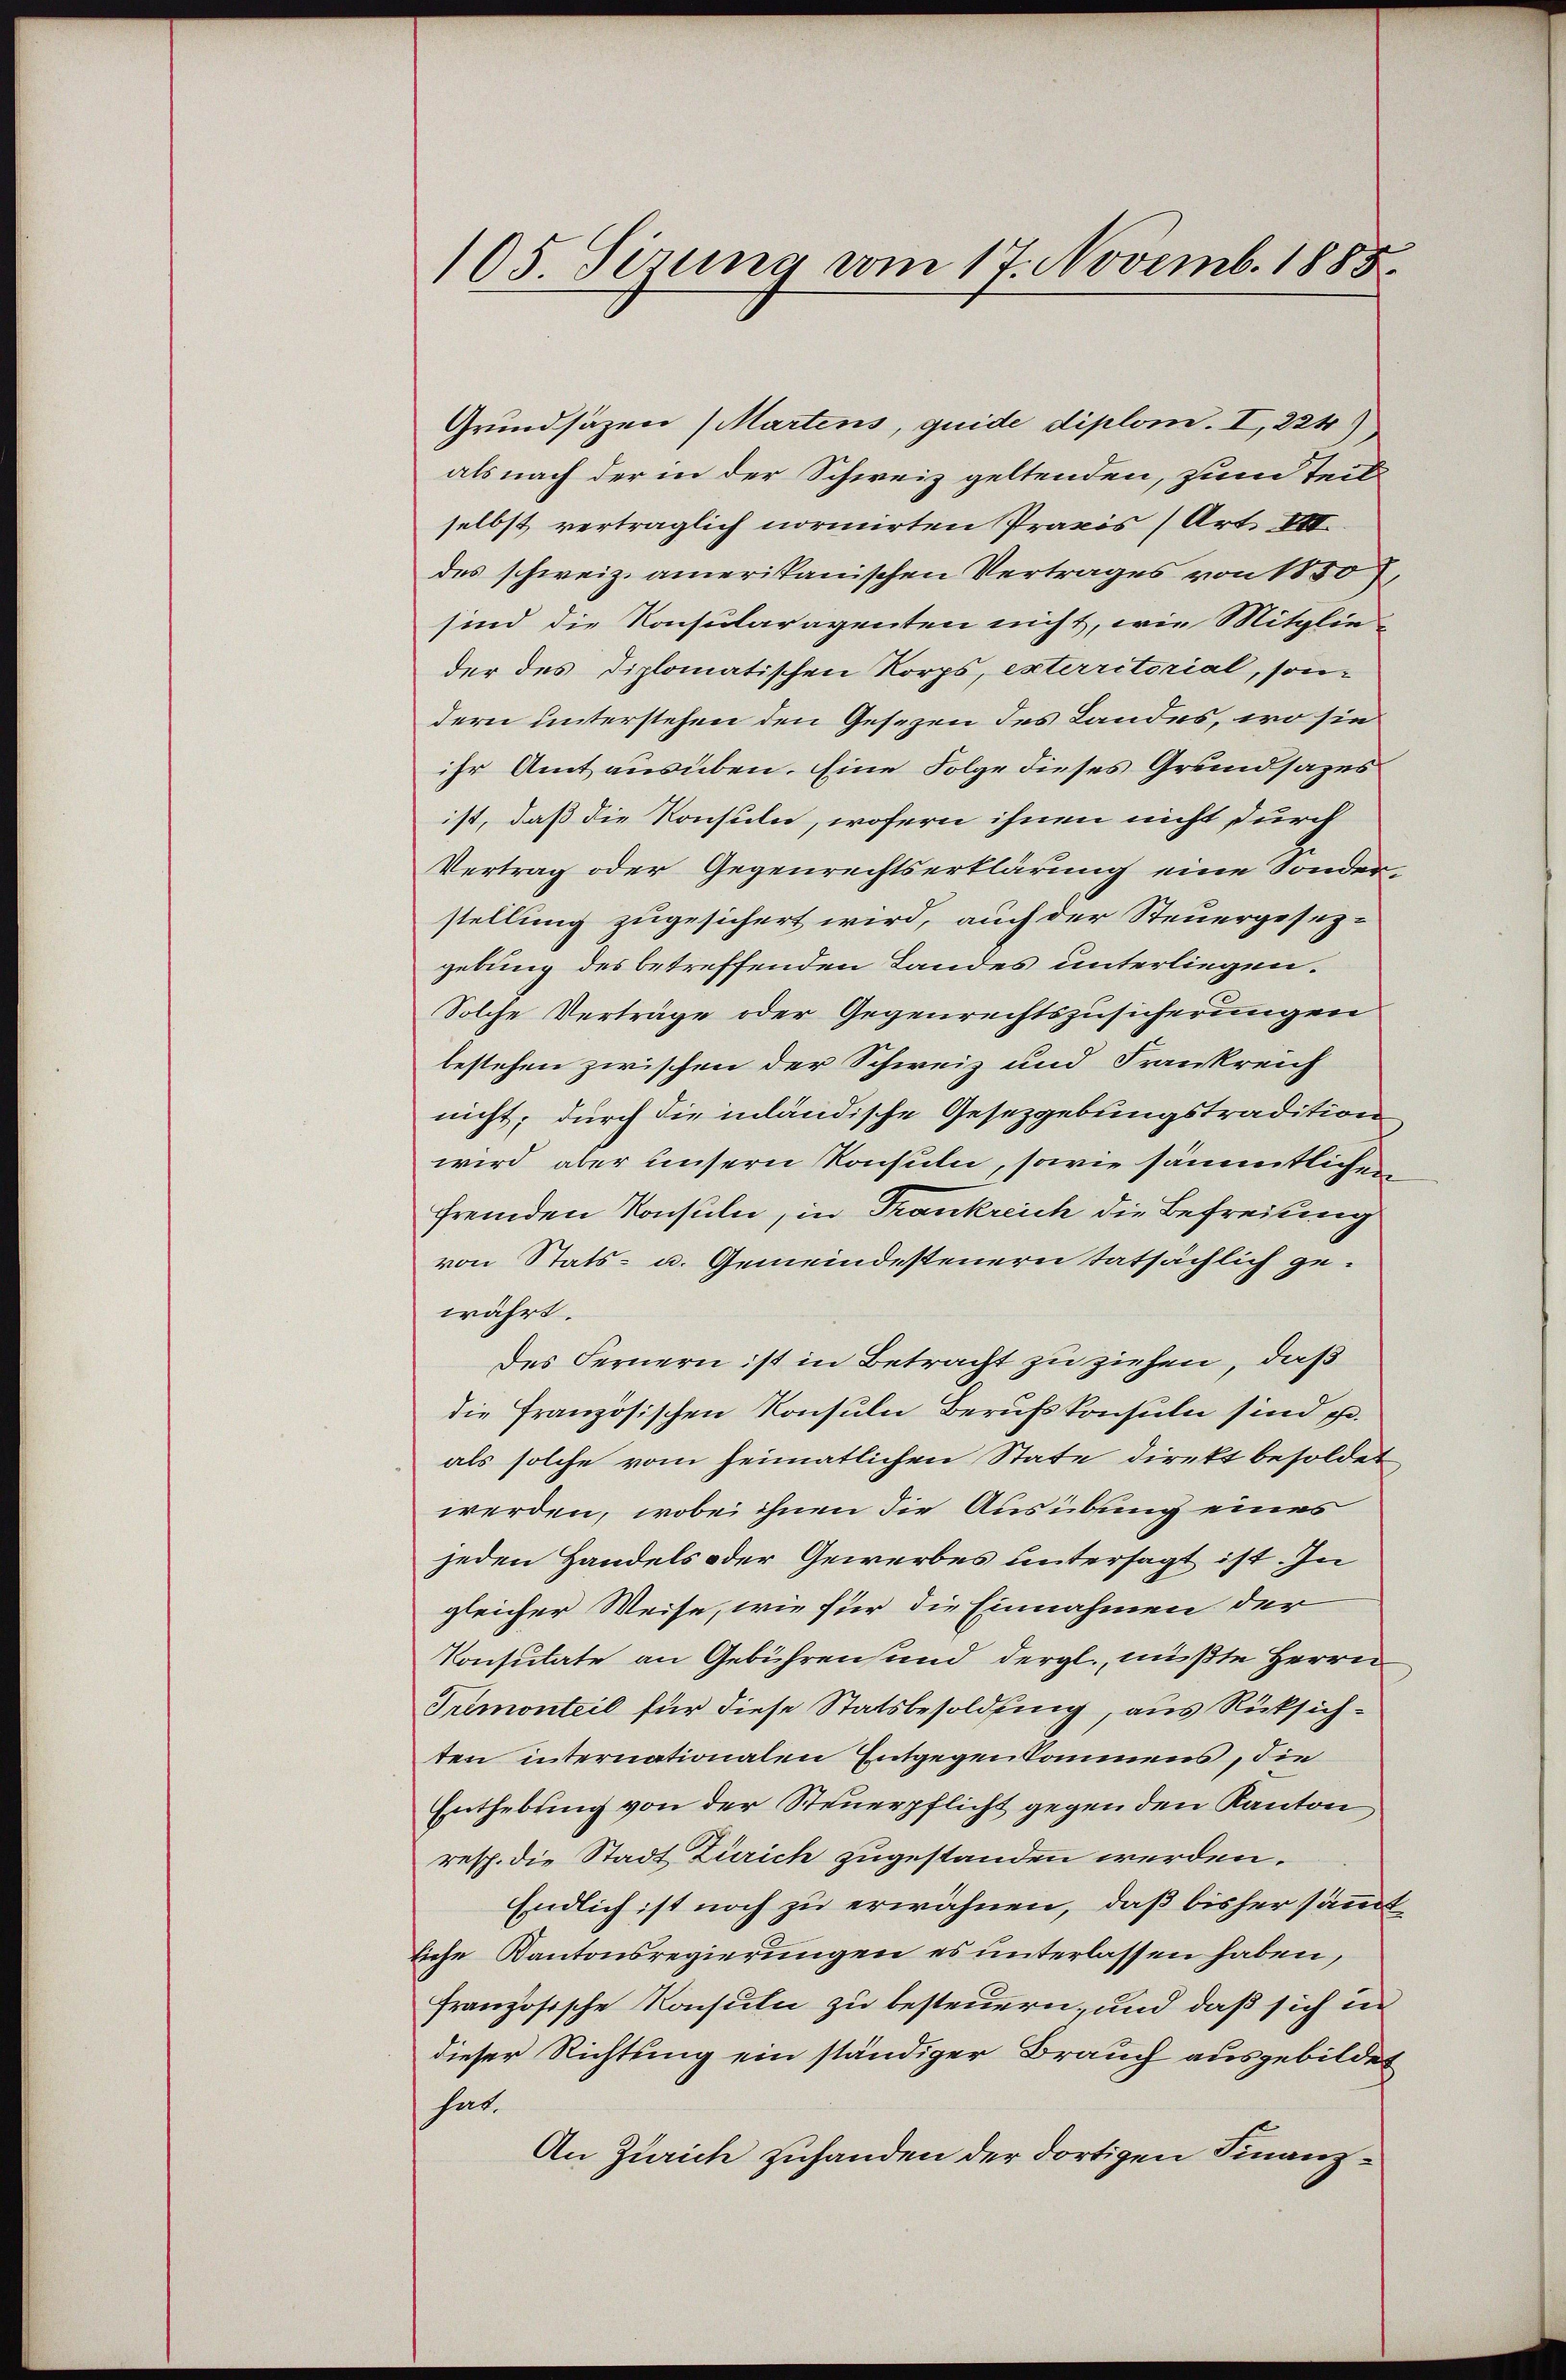
105. Sierung vom 17. Novemb. 1885.

Grundsäzen (Martens, quide diplom. I, 224)
als nach der in der Schweiz geltenden, zum Teil
selbst verträglich normirten Praxis (Art. VII.
des schweiz. amerikanischen Vertrages von 1850,
sind die Konsularagenten nicht, wie Mitglie
der des Diplomatischen Korps, exterritorial, sondern unterstehen den Gesezen des Landes, wo sie
ihr Amt ausüben. Eine Folge dieses Grundsazes
ist, daß die Konsuln, wofern ihnen nicht durch
Vertrag oder Gegenrechtserklärung eine Sonder-
stellung zugesichert wird, auch der Steuergesezgebung des betreffenden Landes unterliegen.
Solche Verträge oder Gegenrechtszusicherungen
bestehen zwischen der Schweiz und Frankreich
nicht; durch die inländische Gesetzgebungstradition
wird aber unsern Konsuln, sowie sämmtlichen
fremden Konsuln, in Trankreich die Befreiung
von Stats- u. Gemeindesteuern tatsächlich gewährt.
des Fernern ist in Betracht zu ziehen, daß
die Französischen Konsuln Berufskonsuln sind pr.
als solche vom heimatlichen State direkt besoldet
werden, wobei ihnen die Ausübung eines
jeden Handels oder Gewerbes untersagt ist. In
gleicher Weise, wie für die Einnahmen der
Konsulate an Gebührensund dergl., müßte Herrn
Tremonteil für diese Statsbesoldung, aus Rücksichten internationalen Entgegenkommens, die
Enthebung von der Steuerpflicht gegen den Kanton
resp. die Stadt Zürich zugestanden werden.
Endlich ist noch zu erwähnen, daß bisher sämmtliche Kantonsregierungen es unterlassen haben,
französische Konsuln zu besteuern, und daß sich in
dieser Richtung ein ständiger Brauch ausgebildet
hat.
An Zürich zuhanden der dortigen Finanz¬